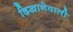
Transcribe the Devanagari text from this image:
दिखानेवाली